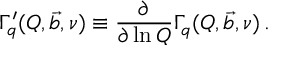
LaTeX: \Gamma _ { q } ^ { \prime } ( Q , \vec { b } , \nu ) \equiv \frac { \partial } { \partial \ln Q } \Gamma _ { q } ( Q , \vec { b } , \nu ) \, .